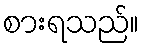
စားရသည်။